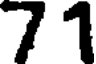
71